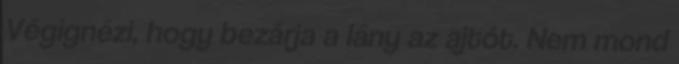
Végignézi, hogy bezárja a lány az ajtót. Nem mond